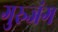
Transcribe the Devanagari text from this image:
गुरुजंग